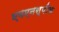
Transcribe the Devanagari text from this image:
एमएनस्पीक